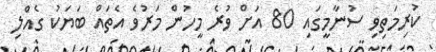
ކުރިމަތިވި ސުނާމީގައި 80 އަށް ވުރެ މީހުން މަރުވެ އެތައް ބަޔަކު ގެއްލި